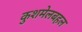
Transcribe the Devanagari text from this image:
कुशमेलबहल